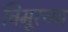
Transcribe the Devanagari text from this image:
चिमूरच्या